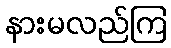
နားမလည်ကြ